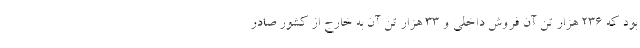
بود که 236 هزار تن آن فروش داخلی و 33 هزار تن آن به خارج از کشور صادر